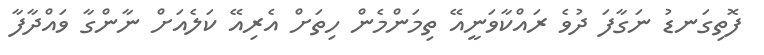
ފޮތިގަނޑު ނަގާފަ ދުވެ ރައްކާވަނީއޭ ތިމަންމެން ހިތަށް އެރިއޭ ކަލެއަށް ނާންގާ ވައްދާފާ